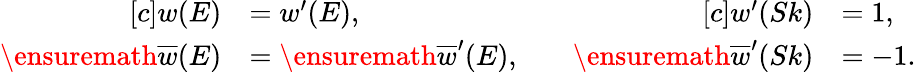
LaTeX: \begin{array}{rl}{[c]w(E)}&{=w^{\prime}(E),}\\ {\ensuremath{\overline{{w}}}(E)}&{=\ensuremath{\overline{{w}}}^{\prime}(E),}\end{array}\qquad\begin{array}{rl}{[c]w^{\prime}(Sk)}&{=1,}\\ {\ensuremath{\overline{{w}}}^{\prime}(Sk)}&{=-1.}\end{array}